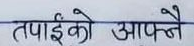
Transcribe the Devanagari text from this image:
तपाईंको आफ्नै